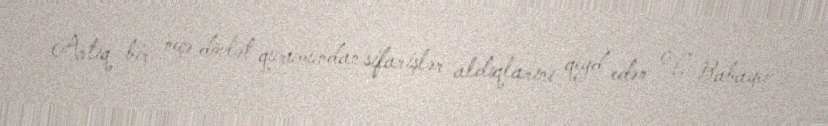
Artıq bir neçə dövlət qurumundan sifarişlər aldıqlarını qeyd edən V. Babayev